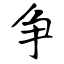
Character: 争